Report of the Lahore Medical School Hospital
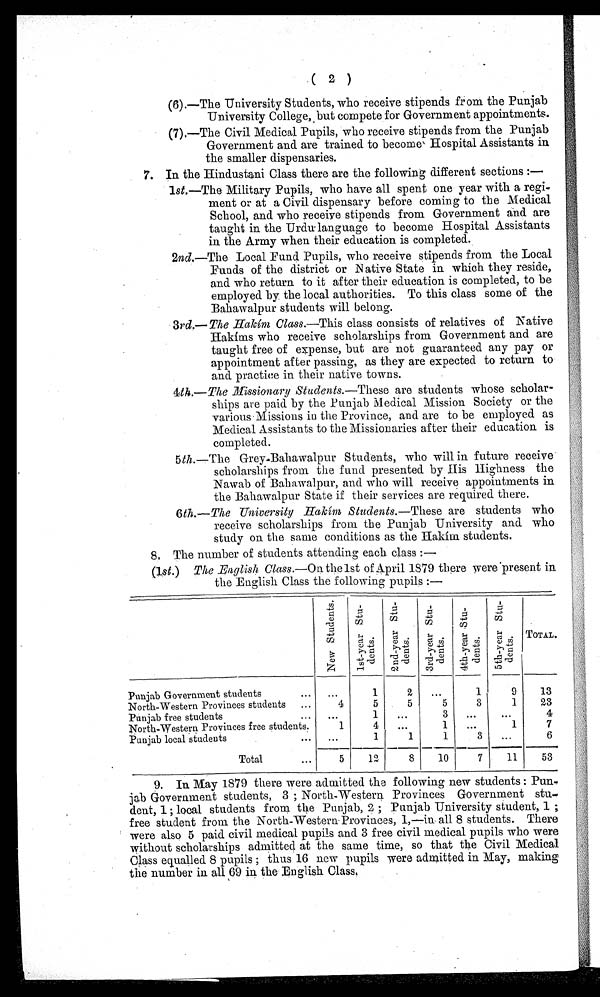
(2)
(6).—The University Students, who receive stipends from the Punjab
University College, but compete for Government appointments.
(7).—The Civil Medical Pupils, who receive stipends from the Punjab
Government and are trained to become Hospital Assistants in
the smaller dispensaries.
7. In the Hindustani Class there are the following different sections:—
1st.—The Military Pupils, who have all spent one year with a regi-
ment or at a Civil dispensary before coming to the Medical
School, and who receive stipends from Government and are
taught in the Urdu-language to become Hospital Assistants
in the Army when their education is completed.
2 n d
.—The Local Fund Pupils, who receive stipends from the Local
Funds of the district or Native State in which they reside,
and who return to it after their education is completed, to be
employed by the local authorities. To this class some of the
Bahawalpur students will belong.
3rd .—The Hakím Class
.—This class consists of relatives of Native
Hakíms who receive scholarships from Government and are
taught free of expense, but are not guaranteed any pay or
appointment after passing, as they are expected to return to
and practice in their native towns.
4th .— The Missionary Students
.—These are students whose scholar-
ships are paid by the Punjab Medical Mission Society or the
various Missions in the Province, and are to be employed as
Medical Assistants to the Missionaries after their education is
completed.
5 th .—The Grey-Bahawalpur Students, who will in future receive
scholarships from the fund presented by His Highness the
Nawab of Bahawalpur, and who will receive appointments in
the Bahawalpur State if their services are required there.
6 t h
. —
The Uni ver si t y Hakí m St udent s
.—These are students who
receive scholarships from the Punjab University and who
study on the same conditions as the Hakím students.
8. The number of students attending each class:—
(1st.) The English Class. —On the 1st of April 1879 there were present in
the English Class the following pupils:—
N e w S t u d e n t s
1 s t - y e a r S t u d e n t s .
2 n d - y e a r S t u d e n t s .
3 r d - y e a r S t u d e n t s .
4 t h - y e a r S t u d e n t s .
5 t h - y e a r S t u d e n t s .
TOTAL.
Punjab Government students
. . .
. . .
1
2
. . .
1
9
13
North-Western Provinces students ...
4
5
5
5
3
1
23
Punjab free students...
. . .
1 . . .
3
. . .
. . .
4
North-Western Provinces free students.
1
4
. . .
1
. . .
1
7
Punjab local students
. . .
. . .
1
1
1
3
. . .
6
Total... 5
12
8
10
7
11
53
9. In May 1879 there were admitted the following new students: Pun
-jab Government students, 3; North-Western Provinces Government stu
-dent, 1; local students from the Punjab, 2; Punjab University student, 1;
free student from the North-Western Provinces, 1,—in all 8 students. There
were also 5 paid civil medical pupils and 3 free civil medical pupils who were
without scholarships admitted at the same time, so that the Civil Medical
Class equalled 8 pupils; thus 16 new pupils were admitted in May, making
the number in all 69 in the English Class.